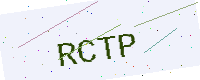
Text: RCTP